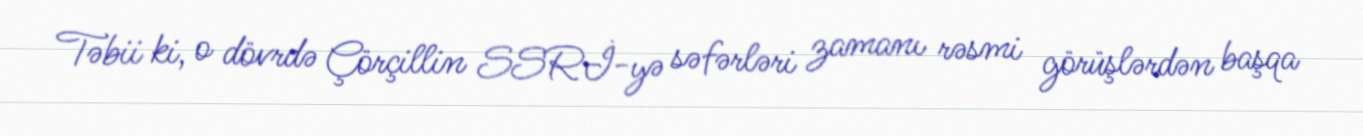
Təbii ki, o dövrdə Çörçillin SSRİ-yə səfərləri zamanı rəsmi görüşlərdən başqa